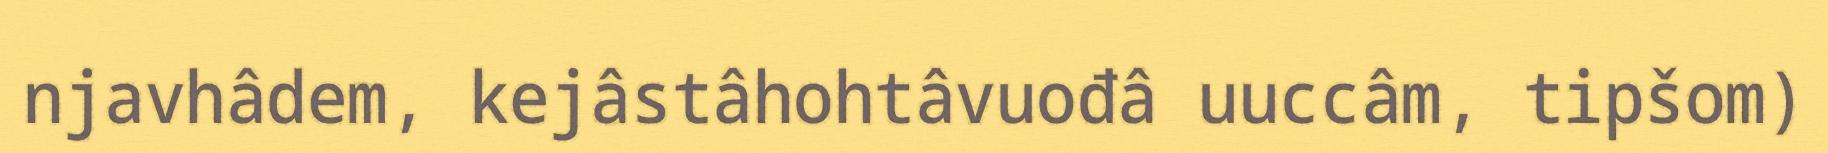
njavhâdem, kejâstâhohtâvuođâ uuccâm, tipšom)